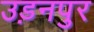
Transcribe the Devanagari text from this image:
उड़नपुर